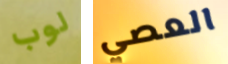
لوب العصي